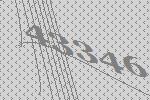
43346